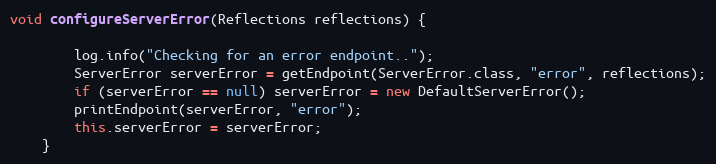
Language: Java
void configureServerError(Reflections reflections) {

        log.info("Checking for an error endpoint..");
        ServerError serverError = getEndpoint(ServerError.class, "error", reflections);
        if (serverError == null) serverError = new DefaultServerError();
        printEndpoint(serverError, "error");
        this.serverError = serverError;
    }